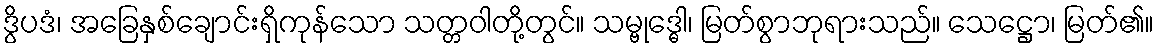
ဒွိပဒံ၊ အခြေနှစ်ချောင်းရှိကုန်သော သတ္တဝါတို့တွင်။ သမ္ဗုဒ္ဓေါ၊ မြတ်စွာဘုရားသည်။ သေဋ္ဌော၊ မြတ်၏။